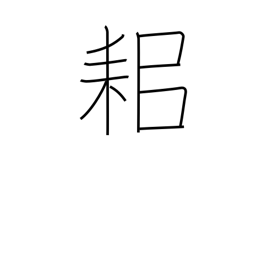
Meaning: plough